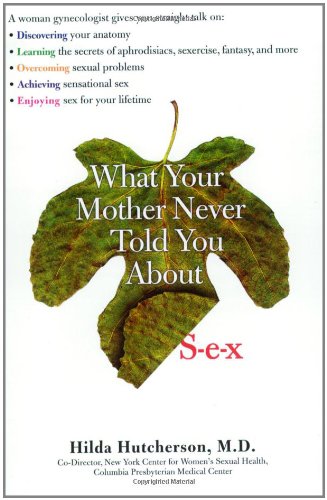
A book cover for What Your Mother Never Told You About Sex; Hilda Hutcherson; Health, Fitness & Dieting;